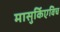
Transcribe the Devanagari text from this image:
मासुर्किएविच